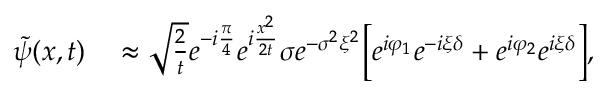
\begin{array} { r l } { \tilde { \psi } ( x , t ) } & { { } \approx \sqrt { \frac { 2 } { t } } e ^ { - i \frac { \pi } { 4 } } e ^ { i \frac { x ^ { 2 } } { 2 t } } \sigma e ^ { - \sigma ^ { 2 } \xi ^ { 2 } } \Big [ e ^ { i \varphi _ { 1 } } e ^ { - i \xi \delta } + e ^ { i \varphi _ { 2 } } e ^ { i \xi \delta } \Big ] , } \end{array}